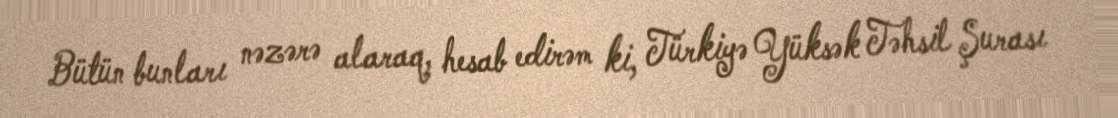
Bütün bunları nəzərə alaraq, hesab edirəm ki, Türkiyə Yüksək Təhsil Şurası